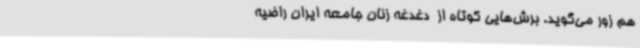
هم زور می‌گوید. برش‌هایی کوتاه از  دغدغه‌ زنان جامعه ایران راضیه